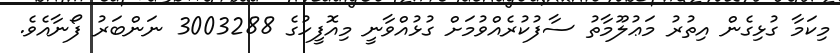
މިކަމާ ގުޅިގެން އިތުރު މަޢުލޫމާތު ސާފުކުރެއްވުމަށް ގުޅުއްވާނީ މިއޮފީހުގެ 3003288 ނަންބަރު ފޯނާއެވެ.